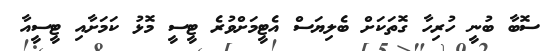
ސޮބާ ބުނީ ހުރިހާ ގޮތަކަށް ބެލިޔަސް އެޓީމަށްވުރެ ޓީސީ މޮޅު ކަމަށާއި ޓީސީއާ